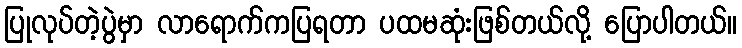
ပြုလုပ်တဲ့ပွဲမှာ လာရောက်ကပြရတာ ပထမဆုံးဖြစ်တယ်လို့ ပြောပါတယ်။